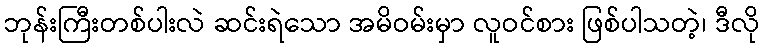
ဘုန်းကြီးတစ်ပါးလဲ ဆင်းရဲသော အမိဝမ်းမှာ လူဝင်စား ဖြစ်ပါသတဲ့၊ ဒီလို